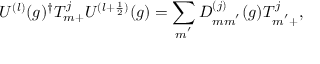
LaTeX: U ^ { ( l ) } ( g ) ^ { \dagger } T _ { m + } ^ { j } U ^ { ( l + \frac { 1 } { 2 } ) } ( g ) = \sum _ { m ^ { ' } } D _ { m m ^ { ' } } ^ { ( j ) } ( g ) T _ { m ^ { ' } + } ^ { j } ,